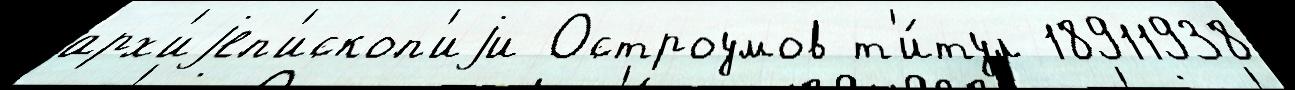
арх'иjеп'ископ'иjи Остроумов т'и́тул 18911938